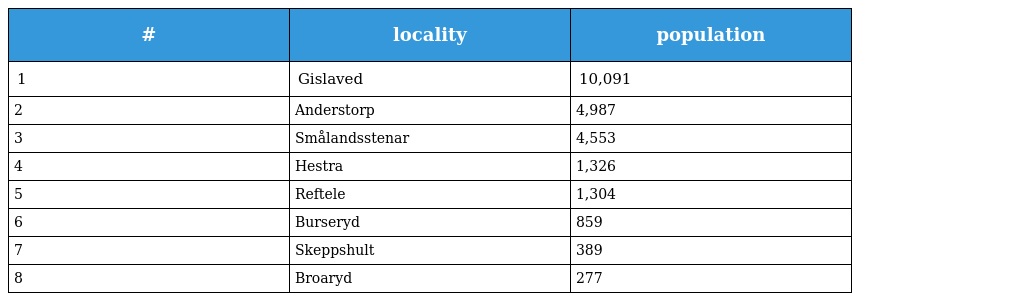
| # | locality | population |
 | --- | --- | --- |
 | 1 | Gislaved | 10,091 |
 | 2 | Anderstorp | 4,987 |
 | 3 | Smålandsstenar | 4,553 |
 | 4 | Hestra | 1,326 |
 | 5 | Reftele | 1,304 |
 | 6 | Burseryd | 859 |
 | 7 | Skeppshult | 389 |
 | 8 | Broaryd | 277 |